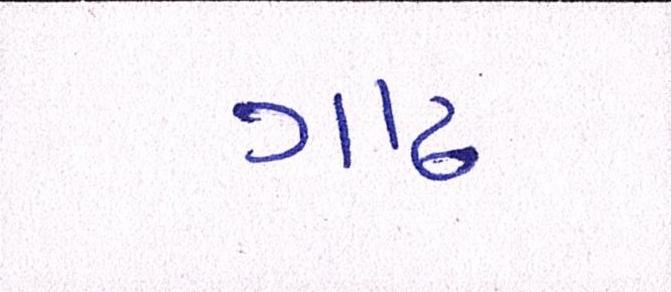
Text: ગાઢ